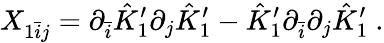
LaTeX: X_{1\bar{i}j}=\partial_{\bar{i}}\hat{K}_{1}^{\prime}\partial_{j}\hat{K}_{1}^{\prime}-\hat{K}_{1}^{\prime}\partial_{\bar{i}}\partial_{j}\hat{K}_{1}^{\prime}\ .